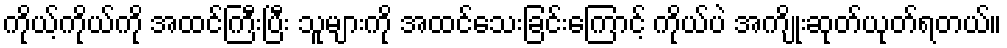
ကိုယ့်ကိုယ်ကို အထင်ကြီးပြီး သူများကို အထင်သေးခြင်းကြောင့် ကိုယ်ပဲ အကျိုးဆုတ်ယုတ်ရတယ်။